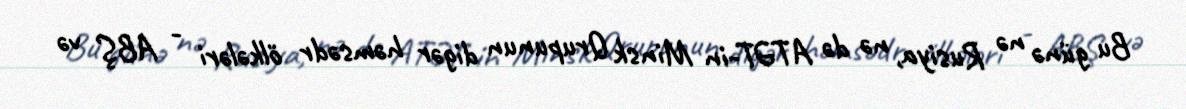
Bu günə nə Rusiya, nə də ATƏT-in Minsk Qrupunun digər həmsədr ölkələri - ABŞ və